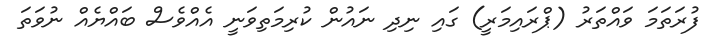
ފުރަތަމަ ވައްތަރު (ޕްރައިމަރީ) ގައި ނިދި ނައުން ކުރިމަތިވަނީ އެއްވެސް ބައްޔެއް ނުވަތަ